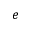
e